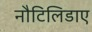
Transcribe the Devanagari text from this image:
नौटिलिडाए